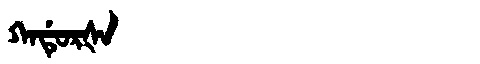
Manchu: ᡴᠠᡩᡠᡵᡧᠠ
Romanization: KADURŠA